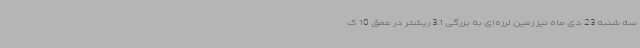
سه شنبه 23 دی ماه نیز زمین لرزه‌ای به بزرگی 3.1 ریشتر در عمق 10 ک